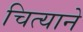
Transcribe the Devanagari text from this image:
चित्याने